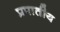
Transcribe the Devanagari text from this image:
प्रपातीय